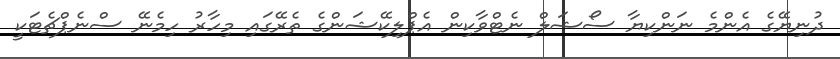
ދުނިޔޭގެ އެންމެ ނަންކިޔާ ސޯޝަލް ނެޓްވާކިން އެޕްލިކޭޝަންގެ ތެރޭގައި މިހާރު ހިމެނޭ ސްނެޕްޗެޓަކީ